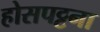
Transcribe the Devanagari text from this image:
होसपट्टना